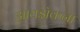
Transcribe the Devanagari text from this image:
आयझॅकना